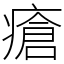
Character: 瘡